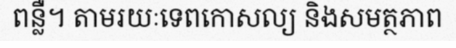
ពន្លឺ។ តាមរយៈទេពកោសល្យ និងសមត្ថភាព